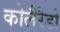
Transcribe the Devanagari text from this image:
कोलैरैडो